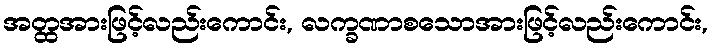
အတ္ထအားဖြင့်လည်းကောင်း, လက္ခဏာစသောအားဖြင့်လည်းကောင်း,